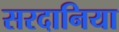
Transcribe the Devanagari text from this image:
सरदानिया